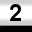
Digit: 2